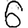
Digit: 6